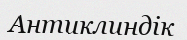
Антиклиндік